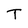
Character: T